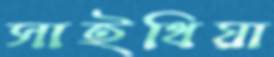
সাইথিয়া